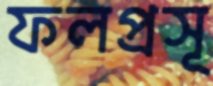
ফলপ্রসূ